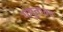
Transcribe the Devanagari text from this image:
यमुनातट